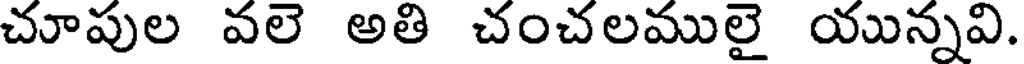
చూపుల వలె అతి చంచలములై యున్నవి.